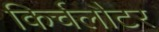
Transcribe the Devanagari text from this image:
किर्चलौटर